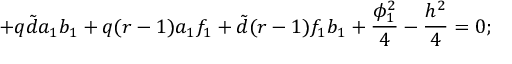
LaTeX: + q { \tilde { d } } a _ { 1 } b _ { 1 } + q ( r - 1 ) a _ { 1 } f _ { 1 } + { \tilde { d } } ( r - 1 ) f _ { 1 } b _ { 1 } + \frac { \phi _ { 1 } ^ { 2 } } { 4 } - \frac { h ^ { 2 } } { 4 } = 0 ;